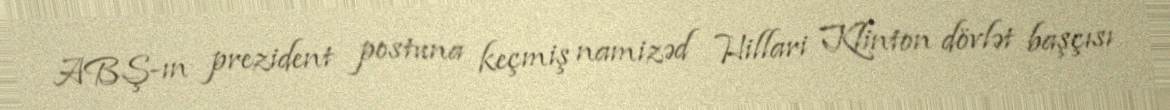
ABŞ-ın prezident postuna keçmiş namizəd Hillari Klinton dövlət başçısı